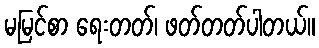
မမြင်စာ ရေးတတ်၊ ဖတ်တတ်ပါတယ်။